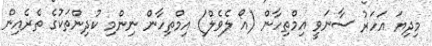
މިދިޔަ އަހަރު ސާނަވީ އިމްތިހާން (އޯ ލެވެލް) އިމްތިހާން ނިންމި ކުދިންތަކުގެ ތެރެއިން